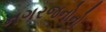
નગરજનોનો